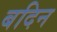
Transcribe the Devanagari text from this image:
बदिन